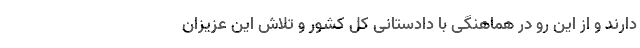
دارند و از این رو در هماهنگی با دادستانی کل کشور و تلاش این عزیزان